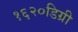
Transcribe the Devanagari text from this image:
१६२०डिग्री